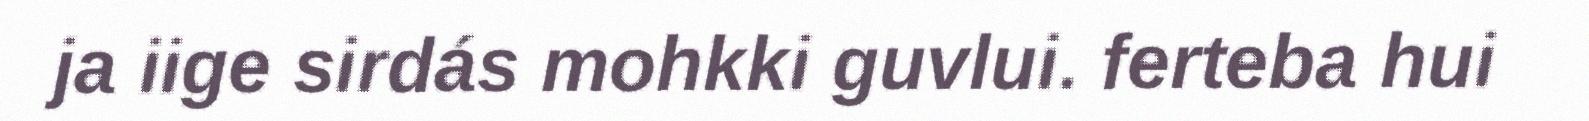
ja iige sirdás mohkki guvlui. ferteba hui